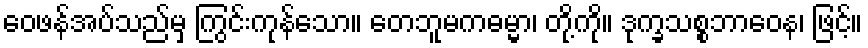
ဝေဖန်အပ်သည်မှ ကြွင်းကုန်သော။ တေဘူမကဓမ္မာ၊ တို့ကို။ ဒုက္ခသစ္စဘာဝေန၊ ဖြင့်။